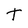
Character: t